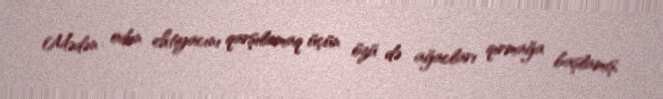
Mədən odun ehtiyacını qarşılamaq üçün özü də ağacları qırmağa başlamış,